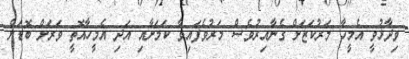
ވިދާޅުވީ އެމީހާ މަރުކަޒަށް ގެނާއިރުވެސް މަރުވެފައިވާ ކަމަށާއި އަދި އެމީހާއޮތީ ވަރަށް ބޮޑަށް